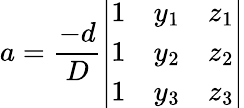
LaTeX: a={\frac{-d}{D}}{\left|\begin{array}{lll}{1}&{y_{1}}&{z_{1}}\\ {1}&{y_{2}}&{z_{2}}\\ {1}&{y_{3}}&{z_{3}}\end{array}\right|}